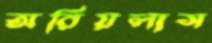
অরিয়লাস